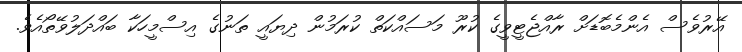
އޭރުވެސް އެންމެބޮޑަށް ރާއްޖެޓީވީގެ ކުރޫ މަސައްކަތް ކުރަމުން ދިޔައީ ތަނުގެ އިސްމީހަކާ ބައްދަލުވޭތޯއެވެ.